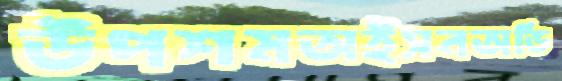
উপশমঅইসনঅভি